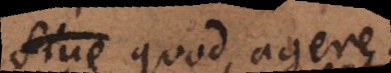
est quod agere